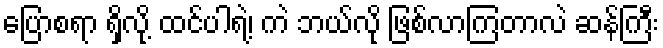
ပြောစရာ ရှိလို့ ထင်ပါရဲ့၊ ကဲ ဘယ်လို ဖြစ်လာကြတာလဲ ဆန်ကြီး